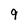
Character: 9